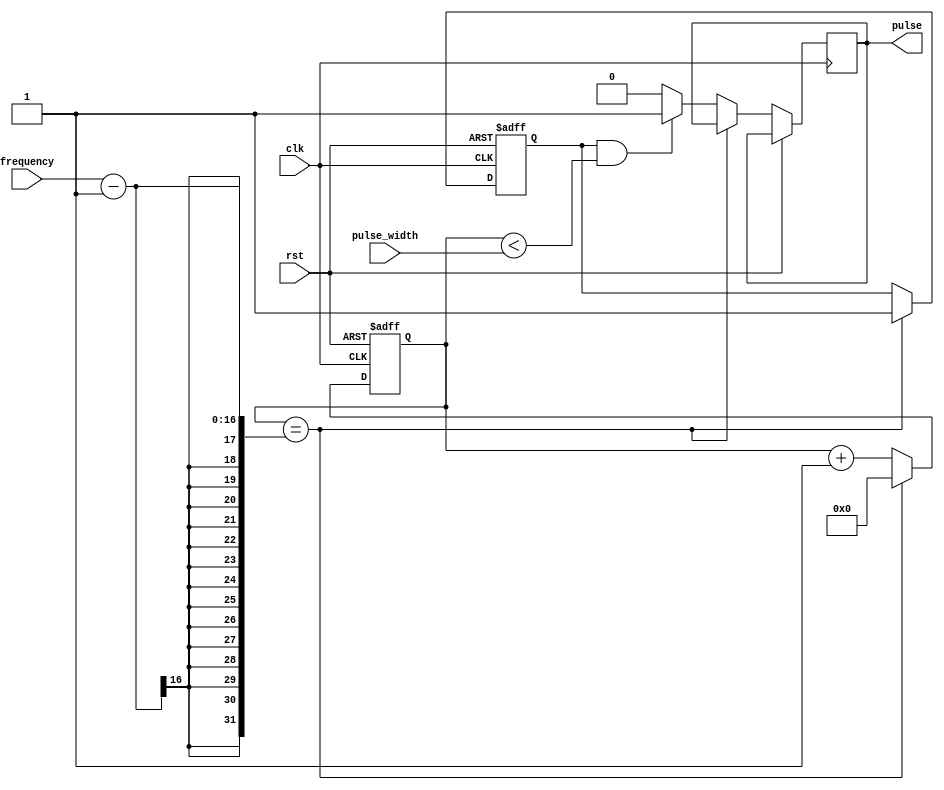
module Programmable_Pulse_Generator (
    input wire clk,
    input wire rst,
    input wire [7:0] pulse_width,
    input wire [15:0] frequency,
    output reg pulse
);

reg [15:0] count;
reg pulse_enable;

always @(posedge clk or posedge rst)
begin
    if (rst)
    begin
        count <= 16'h0000;
        pulse_enable <= 1'b0;
    end
    else
    begin
        if (count == (frequency - 1))
        begin
            count <= 16'h0000;
            pulse_enable <= 1'b1;
        end
        else if (pulse_enable && (count < pulse_width))
        begin
            count <= count + 1;
            pulse <= 1'b1;
        end
        else
        begin
            count <= count + 1;
            pulse <= 1'b0;
        end
    end
end

endmodule